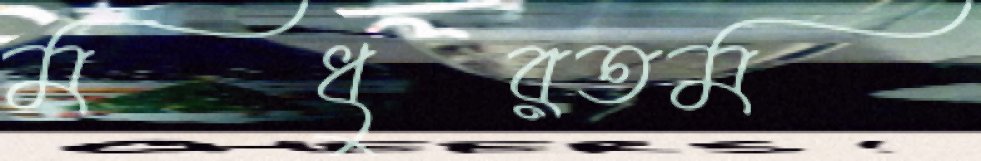
মধুরতম